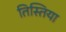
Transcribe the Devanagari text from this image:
तिस्तिया